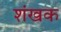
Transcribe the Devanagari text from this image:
शंखक